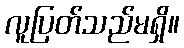
လူပြတ်သည်မရှိ။